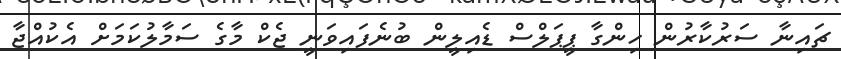
ޗައިނާ ސަރުކާރުން ހިންގާ ޕީޕަލްސް ޑެއިލީން ބުނެފައިވަނީ ޖެކް މާގެ ސަމާލުކަމަށް އެކުއްޖާ